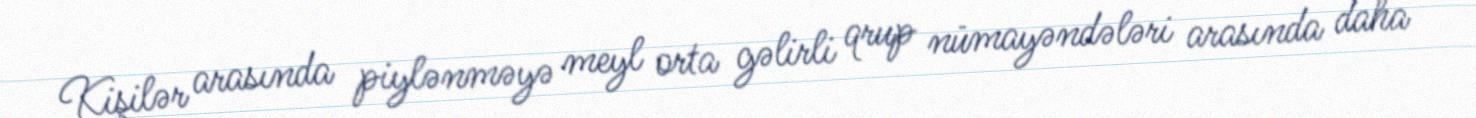
Kişilər arasında piylənməyə meyl orta gəlirli qrup nümayəndələri arasında daha